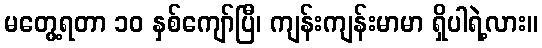
မတွေ့ရတာ ၁၀ နှစ်ကျော်ပြီ၊ ကျန်းကျန်းမာမာ ရှိပါရဲ့လား။